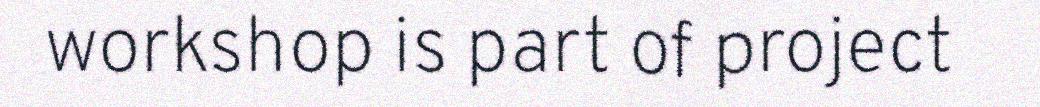
workshop is part of project